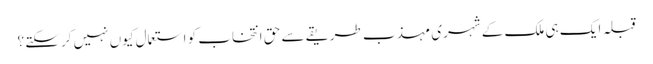
قبلہ ایک ہی ملک کے شہری مہذب طریقے سے حق انتخاب کو استعمال کیوں نہیں کرسکتے ؟